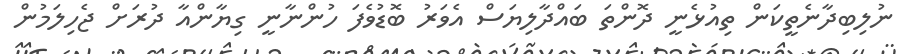
ނުލިބިދާނެތީކަން ތިއުޅެނީ ދޮންތަ ބައްދާލިޔަސް އެވަރު ބޮޑުވެފަ ހުންނާނީ ގިޔާންއާ ދުރަށް ޖެހިލަމުން